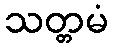
သတ္တမံ